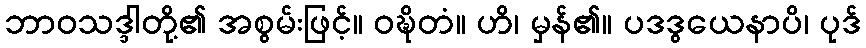
ဘာဝသဒ္ဒါတို့၏ အစွမ်းဖြင့်။ ဝဍ္ဎိတံ။ ဟိ၊ မှန်၏။ ပဒဒွယေနာပိ၊ ပုဒ်